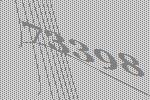
73398